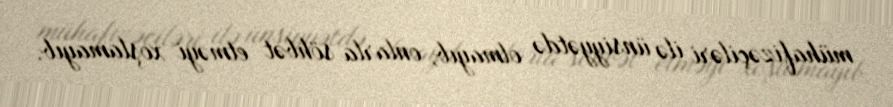
mühafizəçiləri ilə ünsiyyətdə olmayıb, onlarla söhbət etməyi xoşlamayıb.